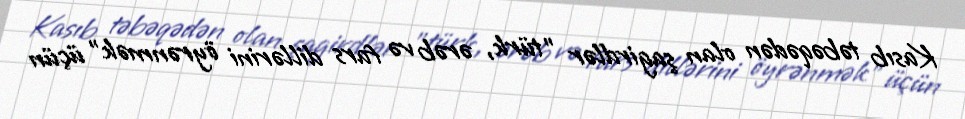
Kasıb təbəqədən olan şagirdlər "türk, ərəb və fars dillərini öyrənmək" üçün